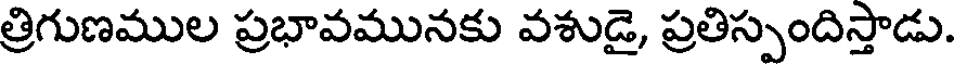
త్రిగుణముల ప్రభావమునకు వశుడై, ప్రతిస్పందిస్తాడు.